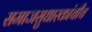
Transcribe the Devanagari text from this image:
समाजसुधारकांचीच